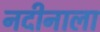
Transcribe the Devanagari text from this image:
नदीनाला